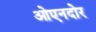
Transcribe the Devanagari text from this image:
ओएनदोर